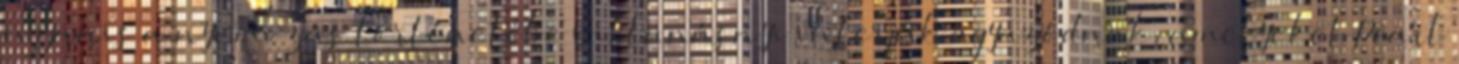
ugyanis a nyomozás történetébe villanásnyi interjúk ágyazódnak, amelyeket Pearl